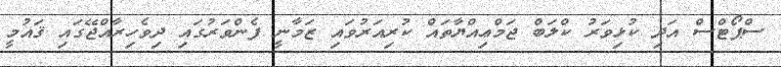
ސްޕޯޓްސް އަދި ކުޅިވަރު ކްލަބް ޖަމްޢިއްޔާތައް ކުރިއަރުވައި ޒަމާނީ ފެންވަރުގައި ދިވެހިރާއްޖޭގައި ޤައުމީ